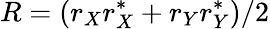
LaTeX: R=(r_{X}r_{X}^{*}+r_{Y}r_{Y}^{*})/2